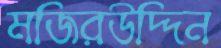
মজিরউদ্দিন